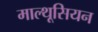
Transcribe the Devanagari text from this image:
माल्थूसियन